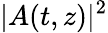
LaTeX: |A(t,z)|^{2}